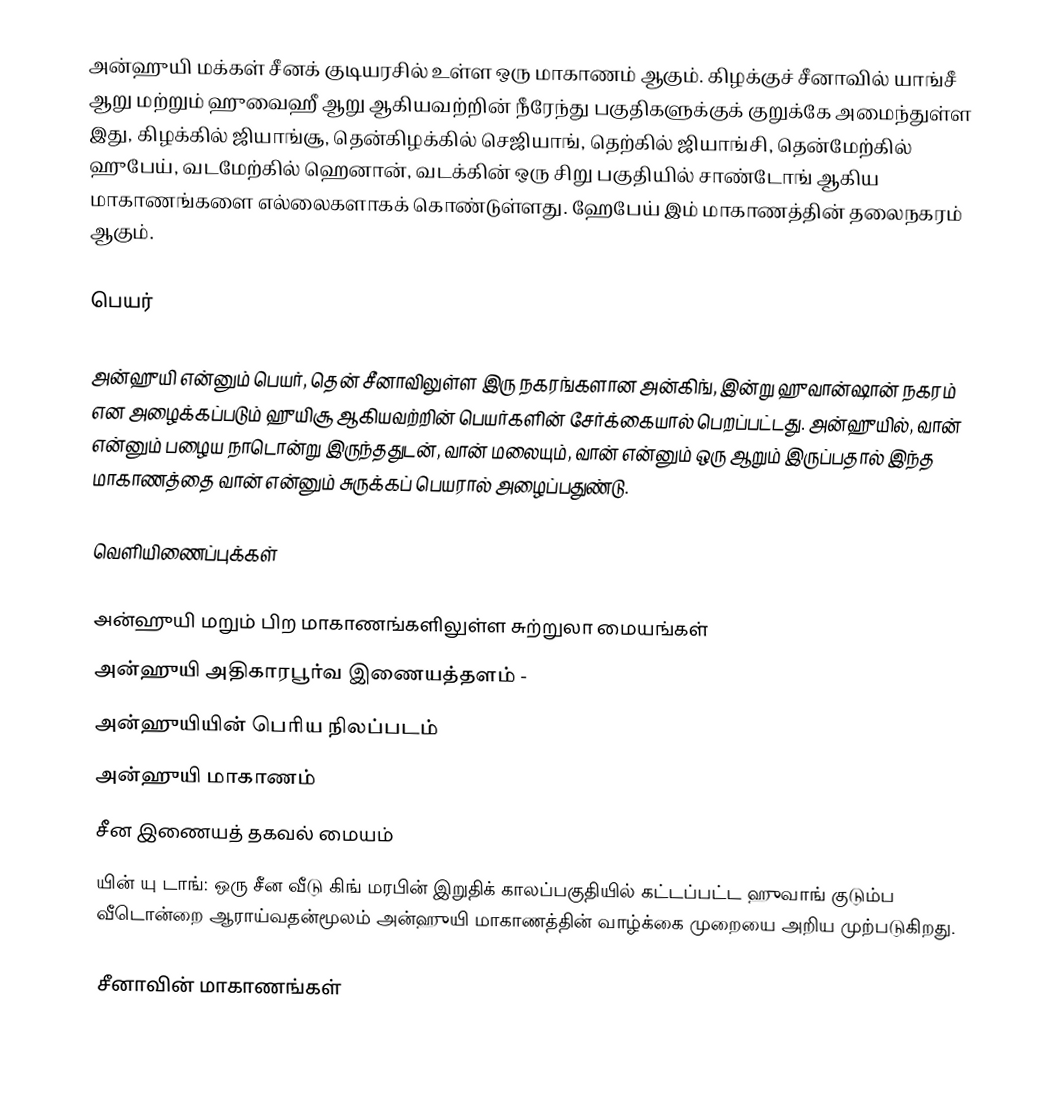
அன்ஹுயி மக்கள் சீனக் குடியரசில் உள்ள ஒரு மாகாணம் ஆகும். கிழக்குச் சீனாவில் யாங்சீ ஆறு மற்றும் ஹுவைஹீ ஆறு ஆகியவற்றின் நீரேந்து பகுதிகளுக்குக் குறுக்கே அமைந்துள்ள இது, கிழக்கில் ஜியாங்சூ, தென்கிழக்கில் செஜியாங், தெற்கில் ஜியாங்சி, தென்மேற்கில் ஹுபேய், வடமேற்கில் ஹெனான், வடக்கின் ஒரு சிறு பகுதியில் சாண்டோங் ஆகிய மாகாணங்களை எல்லைகளாகக் கொண்டுள்ளது. ஹேபேய் இம் மாகாணத்தின் தலைநகரம் ஆகும்.

பெயர்

அன்ஹுயி என்னும் பெயர், தென் சீனாவிலுள்ள இரு நகரங்களான அன்கிங், இன்று ஹுவான்ஷான் நகரம் என அழைக்கப்படும் ஹுயிசூ ஆகியவற்றின் பெயர்களின் சேர்க்கையால் பெறப்பட்டது. அன்ஹுயில், வான் என்னும் பழைய நாடொன்று இருந்ததுடன், வான் மலையும், வான் என்னும் ஒரு ஆறும் இருப்பதால் இந்த மாகாணத்தை வான் என்னும் சுருக்கப் பெயரால் அழைப்பதுண்டு.

வெளியிணைப்புக்கள்

 அன்ஹுயி மறும் பிற மாகாணங்களிலுள்ள சுற்றுலா மையங்கள்
 அன்ஹுயி அதிகாரபூர்வ இணையத்தளம்  -
 அன்ஹுயியின் பெரிய நிலப்படம்
 அன்ஹுயி மாகாணம்
 சீன இணையத் தகவல் மையம்
  யின் யு டாங்: ஒரு சீன வீடு  கிங் மரபின் இறுதிக் காலப்பகுதியில் கட்டப்பட்ட ஹுவாங் குடும்ப வீடொன்றை ஆராய்வதன்மூலம் அன்ஹுயி மாகாணத்தின் வாழ்க்கை முறையை அறிய முற்படுகிறது.

சீனாவின் மாகாணங்கள்